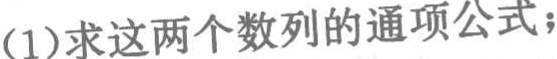
(1)求这两个数列的通项公式；